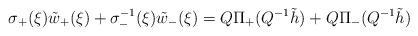
LaTeX: \begin{align*}\sigma_+(\xi)\tilde w_+(\xi)+\sigma_-^{-1}(\xi)\tilde w_-(\xi)=Q\Pi_+(Q^{-1}\tilde h)+Q\Pi_-(Q^{-1}\tilde h)\end{align*}